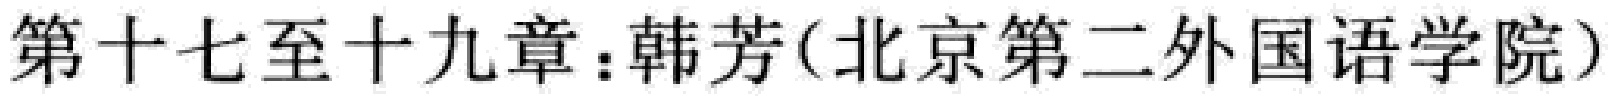
第十七至十九章：韩芳（北京第二外国语学院）